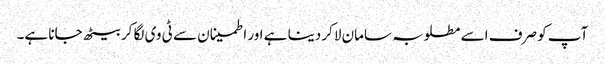
آپ کو صرف اسے مطلوبہ سامان لاکر دینا ہے اور اطمینان سے ٹی وی لگا کر بیٹھ جانا ہے۔